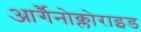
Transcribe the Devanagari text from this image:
आर्गैनोक्लोराइड